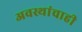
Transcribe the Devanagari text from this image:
अवस्थांचाही